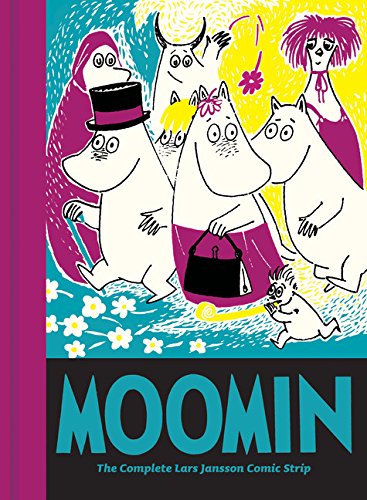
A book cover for Moomin Book Ten: The Complete Lars Jansson Comic Strip; Lars Jansson; Comics & Graphic Novels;